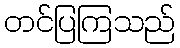
တင်ပြကြသည်